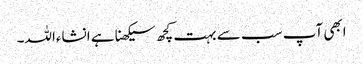
ابھی آپ سب سے بہت کچھ سیکھنا ہے انشاءاللہ۔